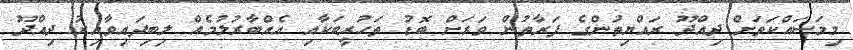
މިމަސައްކަތަށް ދިއްދޫ ރައްޔިތުންގެ ފަރާތުން ވަރަށް ބޮޑު ތަހުރީބަކާއި އެއްބާރުލުމެއް ލިބިފައިވާއިރު ދިއްދޫ